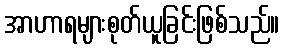
အာဟာရများစုတ်ယူခြင်းဖြစ်သည်။